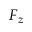
F _ { z }